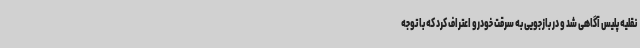
نقلیه پلیس آگاهی شد و در بازجویی به سرقت خودرو اعتراف کرد که با توجه